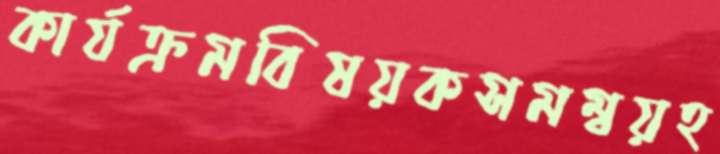
কার্যক্রমবিষয়কসমম্বয়হ